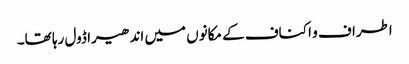
اطراف و اکناف کے مکانوں میں اندھیرا ڈول رہا تھا۔